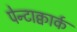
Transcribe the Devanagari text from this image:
पेन्टाक्वार्क